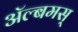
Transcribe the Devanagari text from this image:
अॅल्बमस्